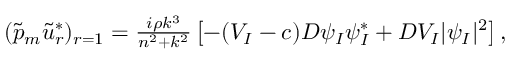
\begin{array} { r } { ( \tilde { p } _ { m } \tilde { u } _ { r } ^ { * } ) _ { r = 1 } = \frac { i \rho k ^ { 3 } } { n ^ { 2 } + k ^ { 2 } } \left[ - ( V _ { I } - c ) D \psi _ { I } \psi _ { I } ^ { * } + D V _ { I } | \psi _ { I } | ^ { 2 } \right] , } \end{array}